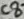
Text: C8